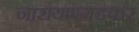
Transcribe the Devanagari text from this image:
नारायणगडकर